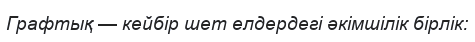
Графтық — кейбір шет елдердегі әкімшілік бірлік: